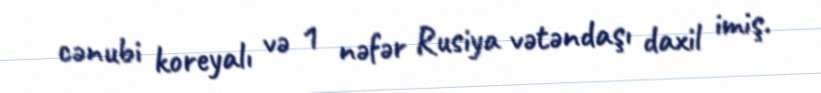
cənubi koreyalı və 1 nəfər Rusiya vətəndaşı daxil imiş.